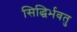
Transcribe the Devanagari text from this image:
सिद्धिर्भवतु